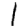
Digit: 1